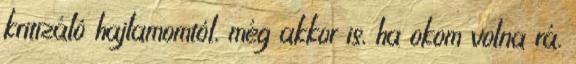
kritizáló hajlamomtól, még akkor is, ha okom volna rá.